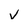
Character: v